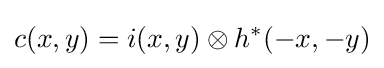
c(x,y)=i(x,y)\otimes h^{*}(-x,-y)